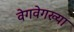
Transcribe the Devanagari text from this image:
वेगवेगख्या